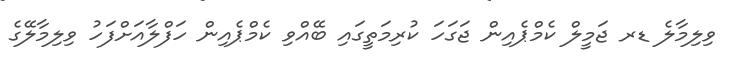
ވިލިމާލެ ޑރ ޖަމީލް ކެމްޕެއިން ޖަގަހަ ކުރިމަތީގައި ބޭއްވި ކެމްޕެއިން ހަފްލާއަށްފަހު ވިލިމާލޭގެ